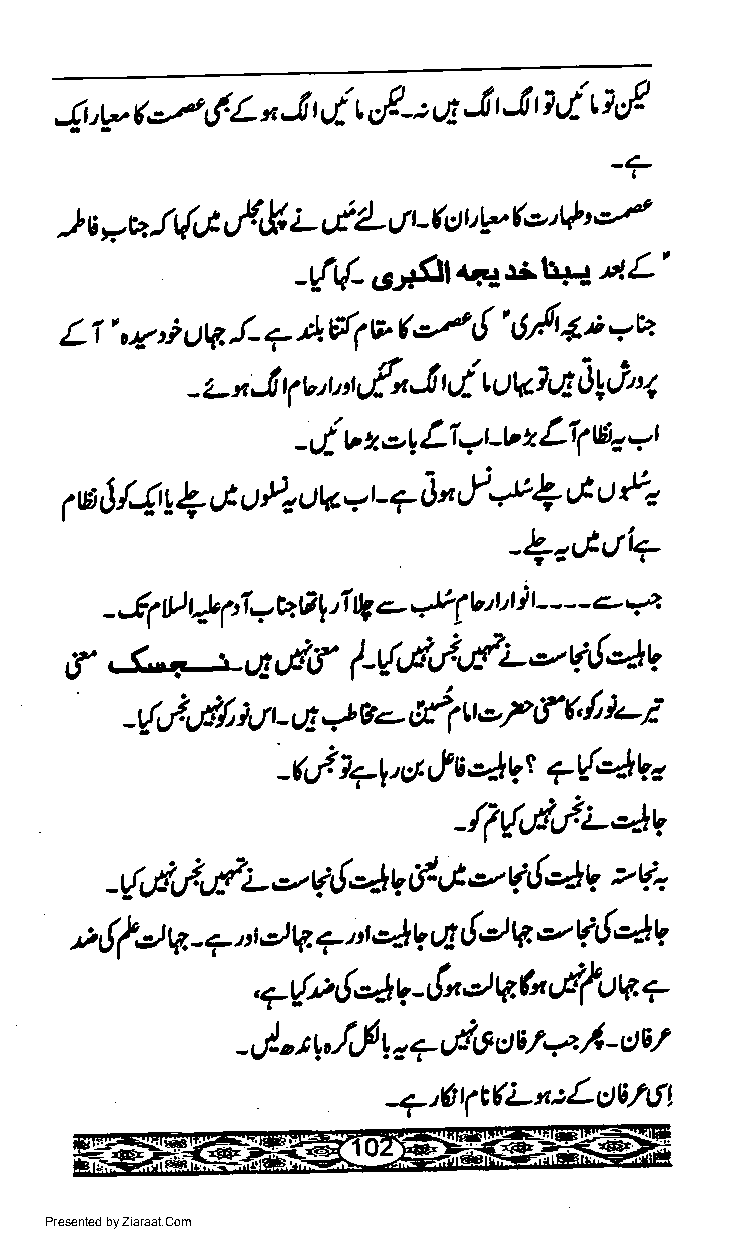
{r,t,. t-z ('L n..t t t- t,/ -t g -l J B d Q,f
 -?
 ry'
 ftc,f                   (e'*
 -t *u        ,Y L uP- Jt -ft),v
 u
 -r{t{-6ss{atb+44L'
 A{1vf-tr!'          *u
 LI',y,i                       6/t4';
 u\z!- ?
 d
 - z- n.l y v., ut {a..0 t uv?vt'0!ri''.
 rLr.r
 Lr'''t-v LI1
 -,.i v z or,   z
 *l
 *2
 P  J /4!+,J u Pl 11ra,-t - 7J ",f & u
 '4'C't'4
 J  tl t! p7a UAt,1 lg + yY v't't ) r -' - - L *
 - . (.1 -t             S
 f          ,
 ,"r,.tf l-{,l,l,F;--q!-lV
 f    t+;
 u  q.!         u'7   (' I
 -{,l,,nt        e<- rt'1
 -
 4vt
 -6.1 l+r, a:l uf Ii 7ur-'>) b, 4
 -li{,.i'lL4v
 *    av      *    4  v' u-
 -{,.t,/''.f;- v.,!  c/''.t V,!
 t rfta q. - 7,' a V. 1 d 4V q fu V. u v. { 4V
 *{v  { 4   t" d vt"'.tfuLa +
 ,        v -
 -,j " 1," lr{ Y o T t E S oE/ 'r2 /' - c)E'
 -a'6r1t(Lt:L9676r.
 Presented by Ziaraat.Com